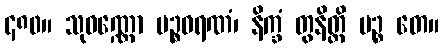
၄၈၀။ သုဝဏ္ဏော ပဉ္စဓရဏံ၊ နိက္ခံ တွနိတ္ထိ ပဉ္စ တေ။